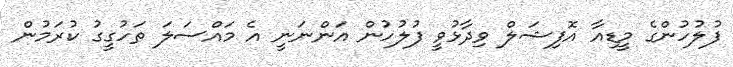
ފުލުހުންގެ މީޑިއާ އޮފިޝަލް ވިދާޅުވީ ފުލުހުން އަންނަނީ އެ މައްސަލަ ތަހުގީގު ކުރަމުން